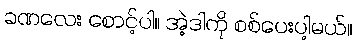
ခဏလေး စောင့်ပါ။ အဲ့ဒါကို စစ်ပေးပါ့မယ်။